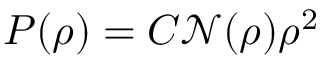
P ( \rho ) = C \mathcal { N } ( \rho ) \rho ^ { 2 }